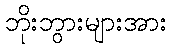
ဘိုးဘွားများအား